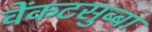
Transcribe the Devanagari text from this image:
वेंकटसुब्बा